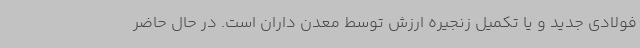
فولادی جدید و یا تکمیل زنجیره ارزش توسط معدن داران است. در حال حاضر